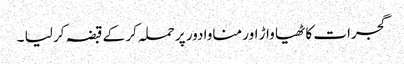
گجرات کاٹھیا واڑ اور مناوادور پر حملہ کر کے قبضہ کر لیا ۔